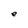
Character: e